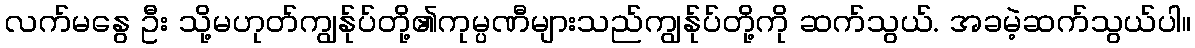
လက်မနွေ ဦး သို့မဟုတ်ကျွန်ုပ်တို့၏ကုမ္ပဏီများသည်ကျွန်ုပ်တို့ကို ဆက်သွယ်. အခမဲ့ဆက်သွယ်ပါ။